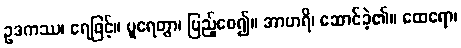
ဥဒကဿ၊ ရေဖြင့်။ ပူရေတွာ၊ ပြည့်စေ၍။ အာဟရိ၊ ဆောင်ခဲ့၏။ ထေရော၊